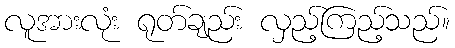
လူအားလုံး ရုတ်ချည်း လှည့်ကြည့်သည်။